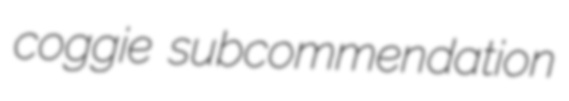
coggie subcommendation